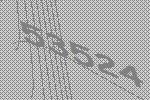
53524